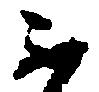
不